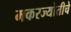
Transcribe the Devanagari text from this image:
मकरज्योतीचे